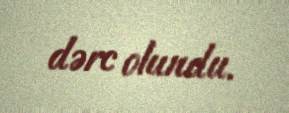
dərc olundu.